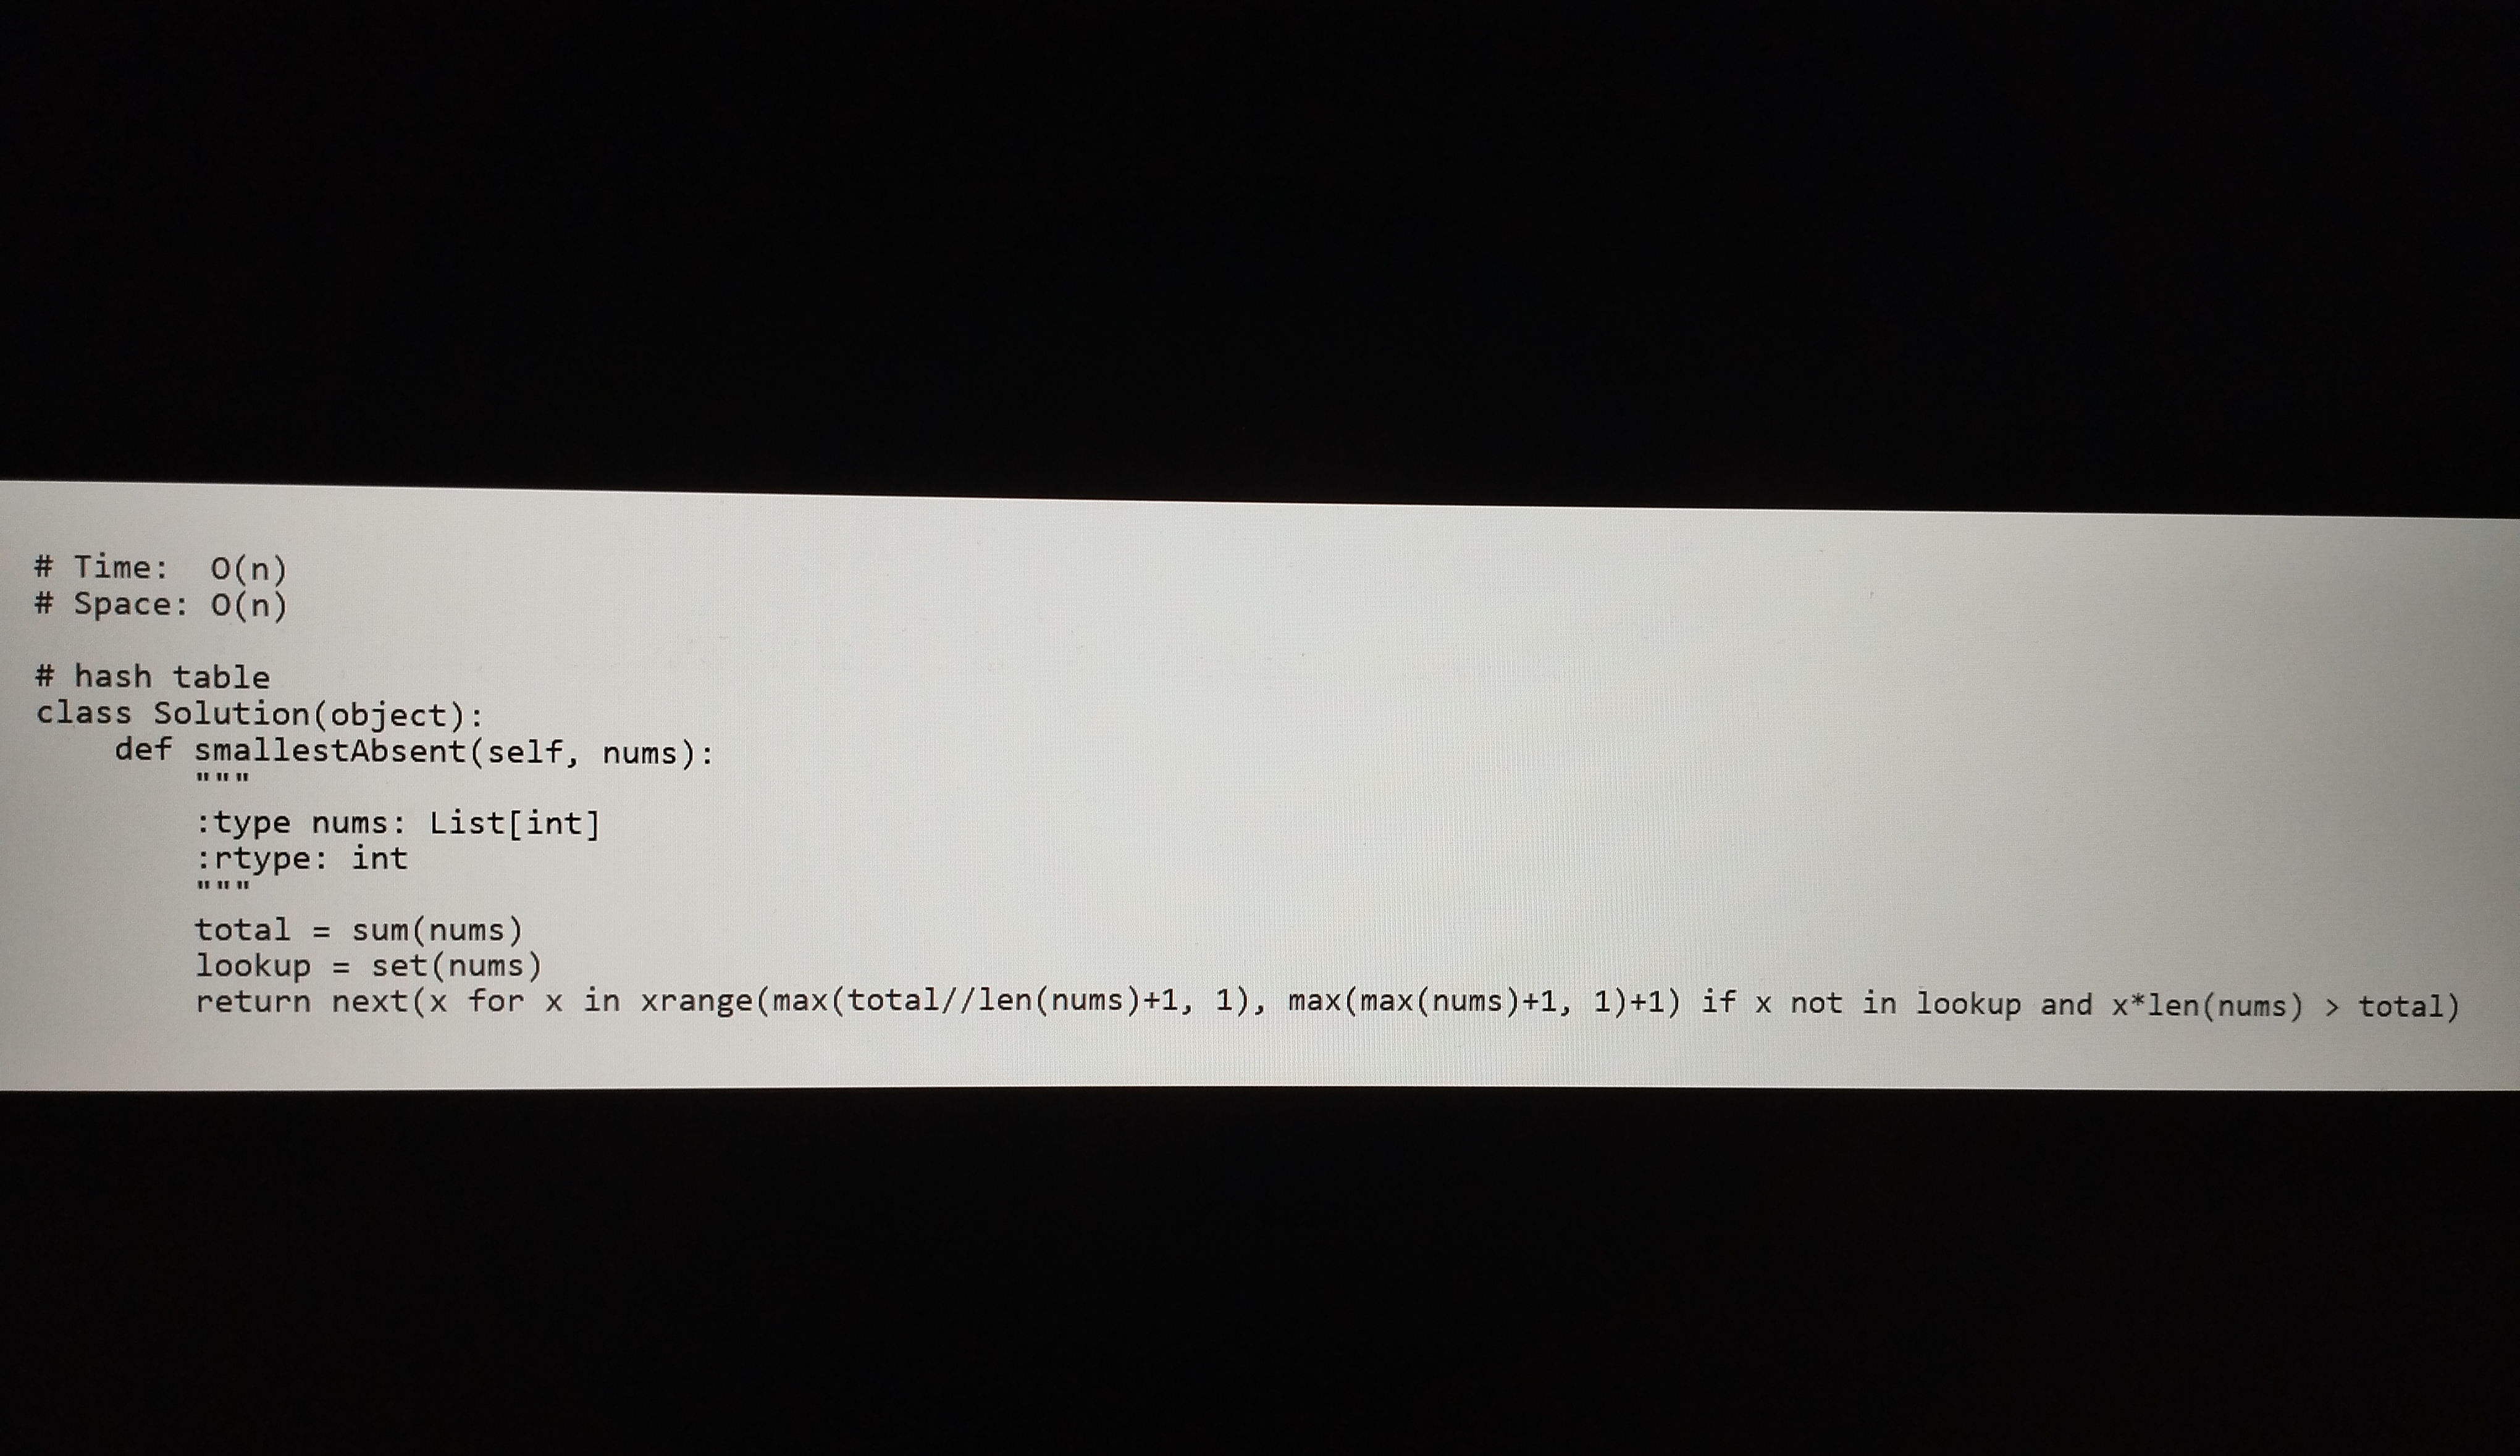
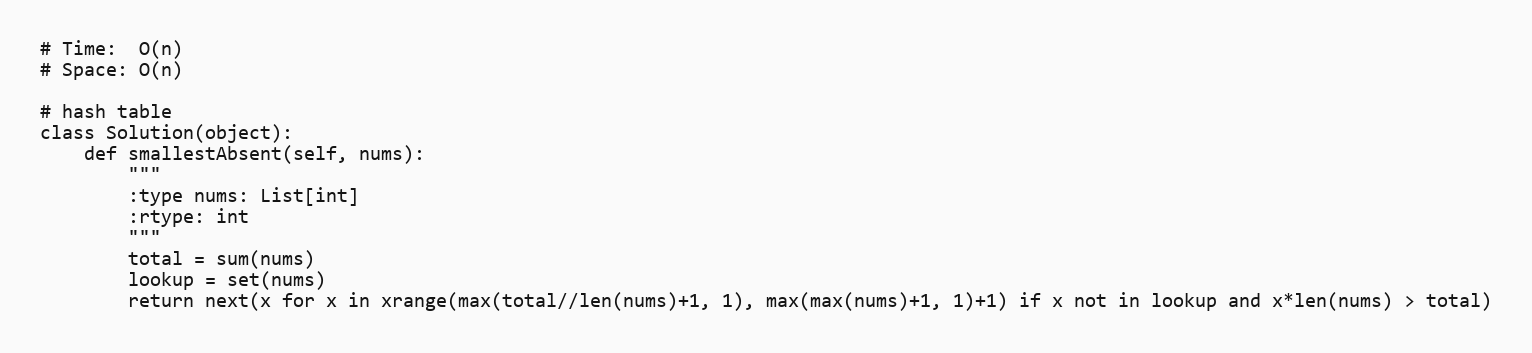
# Time:  O(n)
# Space: O(n)

# hash table
class Solution(object):
    def smallestAbsent(self, nums):
        """
        :type nums: List[int]
        :rtype: int
        """
        total = sum(nums)
        lookup = set(nums)
        return next(x for x in xrange(max(total//len(nums)+1, 1), max(max(nums)+1, 1)+1) if x not in lookup and x*len(nums) > total)